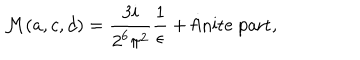
{ \cal M } ( a , c , d ) = \frac { 3 i } { 2 ^ { 6 } \pi ^ { 2 } } \frac { 1 } { \epsilon } + \mathrm { f i n i t e ~ p a r t } ,